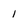
Character: 1